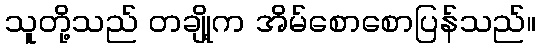
သူတို့သည် တချို့က အိမ်စောစောပြန်သည်။